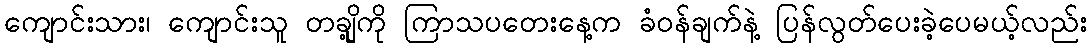
ကျောင်းသား၊ ကျောင်းသူ တချို့ကို ကြာသပတေးနေ့က ခံဝန်ချက်နဲ့ ပြန်လွတ်ပေးခဲ့ပေမယ့်လည်း